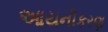
આયનીકરણ